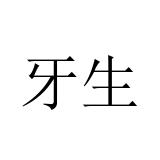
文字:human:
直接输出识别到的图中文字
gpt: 牙生